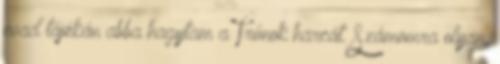
évad tájékán abba hagytam a Trónok harcát. Számomra olyan,